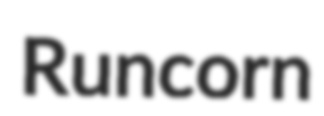
Runcorn